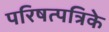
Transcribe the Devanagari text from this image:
परिषत्पत्रिके